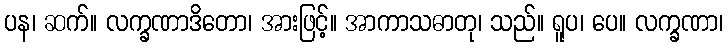
ပန၊ ဆက်။ လက္ခဏာဒိတော၊ အားဖြင့်။ အာကာသဓာတု၊ သည်။ ရူပ၊ ပေ။ လက္ခဏာ၊